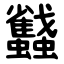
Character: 蠽